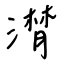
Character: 潸